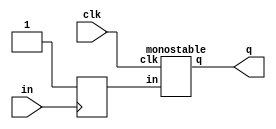
module initializer(q, in, clk);
    input in, clk;
    output q;
    reg init;

    monostable mnstb(q, init, clk);

    initial
        init = 0;

    always @ (posedge in)
        init = 1;
endmodule

module monostable(q, in, clk); // maximum of 1 second for 1MHz clock
    output q;
    input in, clk;
    wire slowClk, nin, QN1;
    wire [1:0] Q;

    not not0(nin, in);
    not not1(QN1, Q[1]);
    and and0(q, QN1, Q[0]);

    D_FF d0(Q[0], in, slowClk, 1'b0, nin);
    D_FF d1(Q[1], Q[0], slowClk, 1'b0, nin);
    clk_div clkd(slowClk, clk, nin);
endmodule

module clk_div(q, clk, reset); //1us to 250ms
    output q;
    wire [17:0] Q;
    input clk, reset;
    wire [18:0] T;

    assign T[0] = 1'b1;
    assign T[1] = Q[0];
    and and2(T[2], Q[1], T[1]);
    and and3(T[3], Q[2], T[2]);
    and and4(T[4], Q[3], T[3]);
    and and5(T[5], Q[4], T[4]);
    and and6(T[6], Q[5], T[5]);
    and and7(T[7], Q[6], T[6]);
    and and8(T[8], Q[7], T[7]);
    and and9(T[9], Q[8], T[8]);
    and and10(T[10], Q[9], T[9]);
    and and11(T[11], Q[10], T[10]);
    and and12(T[12], Q[11], T[11]);
    and and13(T[13], Q[12], T[12]);
    and and14(T[14], Q[13], T[13]);
    and and15(T[15], Q[14], T[14]);
    and and16(T[16], Q[15], T[15]);
    and and17(T[17], Q[16], T[16]);
    and and18(T[18], Q[17], T[17]);

    T_FF tff0(Q[0], T[0], clk ,reset);
    T_FF tff1(Q[1], T[1], clk ,reset);
    T_FF tff2(Q[2], T[2], clk ,reset);
    T_FF tff3(Q[3], T[3], clk ,reset);
    T_FF tff4(Q[4], T[4], clk ,reset);
    T_FF tff5(Q[5], T[5], clk ,reset);
    T_FF tff6(Q[6], T[6], clk ,reset);
    T_FF tff7(Q[7], T[7], clk ,reset);
    T_FF tff8(Q[8], T[8], clk ,reset);
    T_FF tff9(Q[9], T[9], clk ,reset);
    T_FF tff10(Q[10], T[10], clk ,reset);
    T_FF tff11(Q[11], T[11], clk ,reset);
    T_FF tff12(Q[12], T[12], clk ,reset);
    T_FF tff13(Q[13], T[13], clk ,reset);
    T_FF tff14(Q[14], T[14], clk ,reset);
    T_FF tff15(Q[15], T[15], clk ,reset);
    T_FF tff16(Q[16], T[16], clk ,reset);
    T_FF tff17(Q[17], T[17], clk ,reset);
    T_FF tff18(q, T[18], clk ,reset);
endmodule

module T_FF(q, t, clk, reset);
    output q;
    input t, clk ,reset;
    reg q;

    always @(posedge clk or posedge reset)
    if(reset)
        q <= 1'b0;
    else if(t)
        q <= ~q;
endmodule

module D_FF (q, d, clk, preset, reset);
	input d, clk, preset, reset;
	output q;
	reg q;

	always @(posedge reset or posedge preset or posedge clk)
        if(reset)
            q <= 1'b0;
        else if(preset)
            q <= 1'b1;
        else
            q <= d;
endmodule